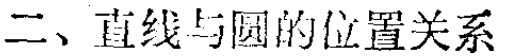
二、直线与圆的位置关系